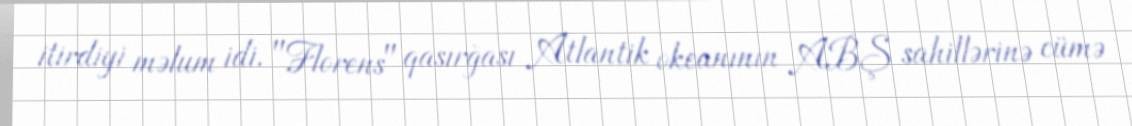
itirdiyi məlum idi. "Florens" qasırğası Atlantik okeanının ABŞ sahillərinə cümə